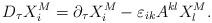
LaTeX: \begin{align*}D_{\tau }X_{i}^{M}=\partial _{\tau }X_{i}^{M}-\varepsilon_{ik}A^{kl}X_{l}^{M}.\end{align*}